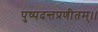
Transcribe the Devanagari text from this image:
पुष्पदन्तप्रणीतम्।।